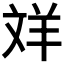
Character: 𦍢